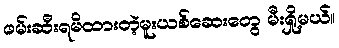
ဖမ်းဆီးရမိထားတဲ့မူးယစ်ဆေးတွေ မီးရှို့မယ်။